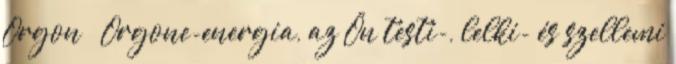
Orgon Orgone-energia, az Ön testi-, lelki- és szellemi